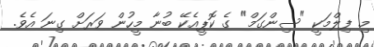
މި ފިލްމަކީ "ސިންގަމް" ގެ ކޮޕީއެކޭ ބުނާ މީހުން ވަރަށް ގިނަ އެވެ.